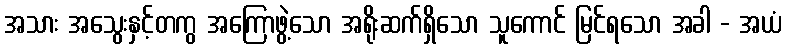
အသား အသွေးနှင့်တကွ အကြောဖွဲ့သော အရိုးဆက်ရှိသော သူကောင် မြင်ရသော အခါ - အယံ